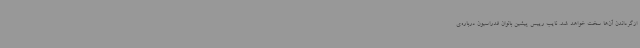
ازگرداندن آن‌ها سخت خواهد شد. نایب رییس پیشین بانوان فدراسیون درباره‌ی